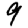
Digit: 9